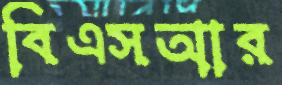
বিএসআর